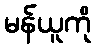
မန်ယူကို